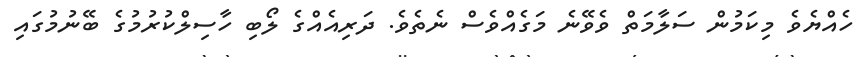
ހެއްޔެވެ މިކަމުން ސަލާމަތް ވެވޭނެ މަގެއްވެސް ނެތެވެ. ދަރިއެއްގެ ލޯބި ހާސިލްކުރުމުގެ ބޭނުމުގައި